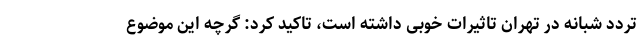
تردد شبانه در تهران تاثیرات خوبی داشته است،‌ تاکید کرد: گرچه این موضوع